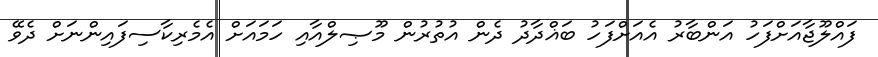
ފައްލޫޖާއަށްފަހު އަންބާރު އެއަށްފަހު ބަޣްދާދު ދެން އުތުރުން މޫޞިލްއާއި ހަމައަށް އެމެރިކާސިފައިންނަށް ދެވޭ